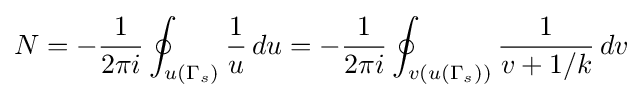
N=-{\frac {1}{2\pi i}}\oint _{u(\Gamma _{s})}{1 \over u}\,du=-{{1} \over {2\pi i}}\oint _{v(u(\Gamma _{s}))}{1 \over {v+1/k}}\,dv